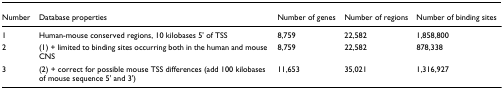
<table><thead><tr><td><b>Number</b></td><td><b>Database properties</b></td><td><b>Number of genes</b></td><td><b>Number of regions</b></td><td><b>Number of binding sites</b></td></tr></thead><tbody><tr><td>1</td><td>Human-mouse conserved regions, 10 kilobases 5&#x27; of TSS</td><td>8,759</td><td>22,582</td><td>1,858,800</td></tr><tr><td>2</td><td>(1) + limited to binding sites occurring both in the human and mouse CNS</td><td>8,759</td><td>22,582</td><td>878,338</td></tr><tr><td>3</td><td>(2) + correct for possible mouse TSS differences (add 100 kilobases of mouse sequence 5&#x27; and 3&#x27;)</td><td>11,653</td><td>35,021</td><td>1,316,927</td></tr></tbody></table>